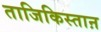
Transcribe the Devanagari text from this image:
ताजिकिस्ताऩ